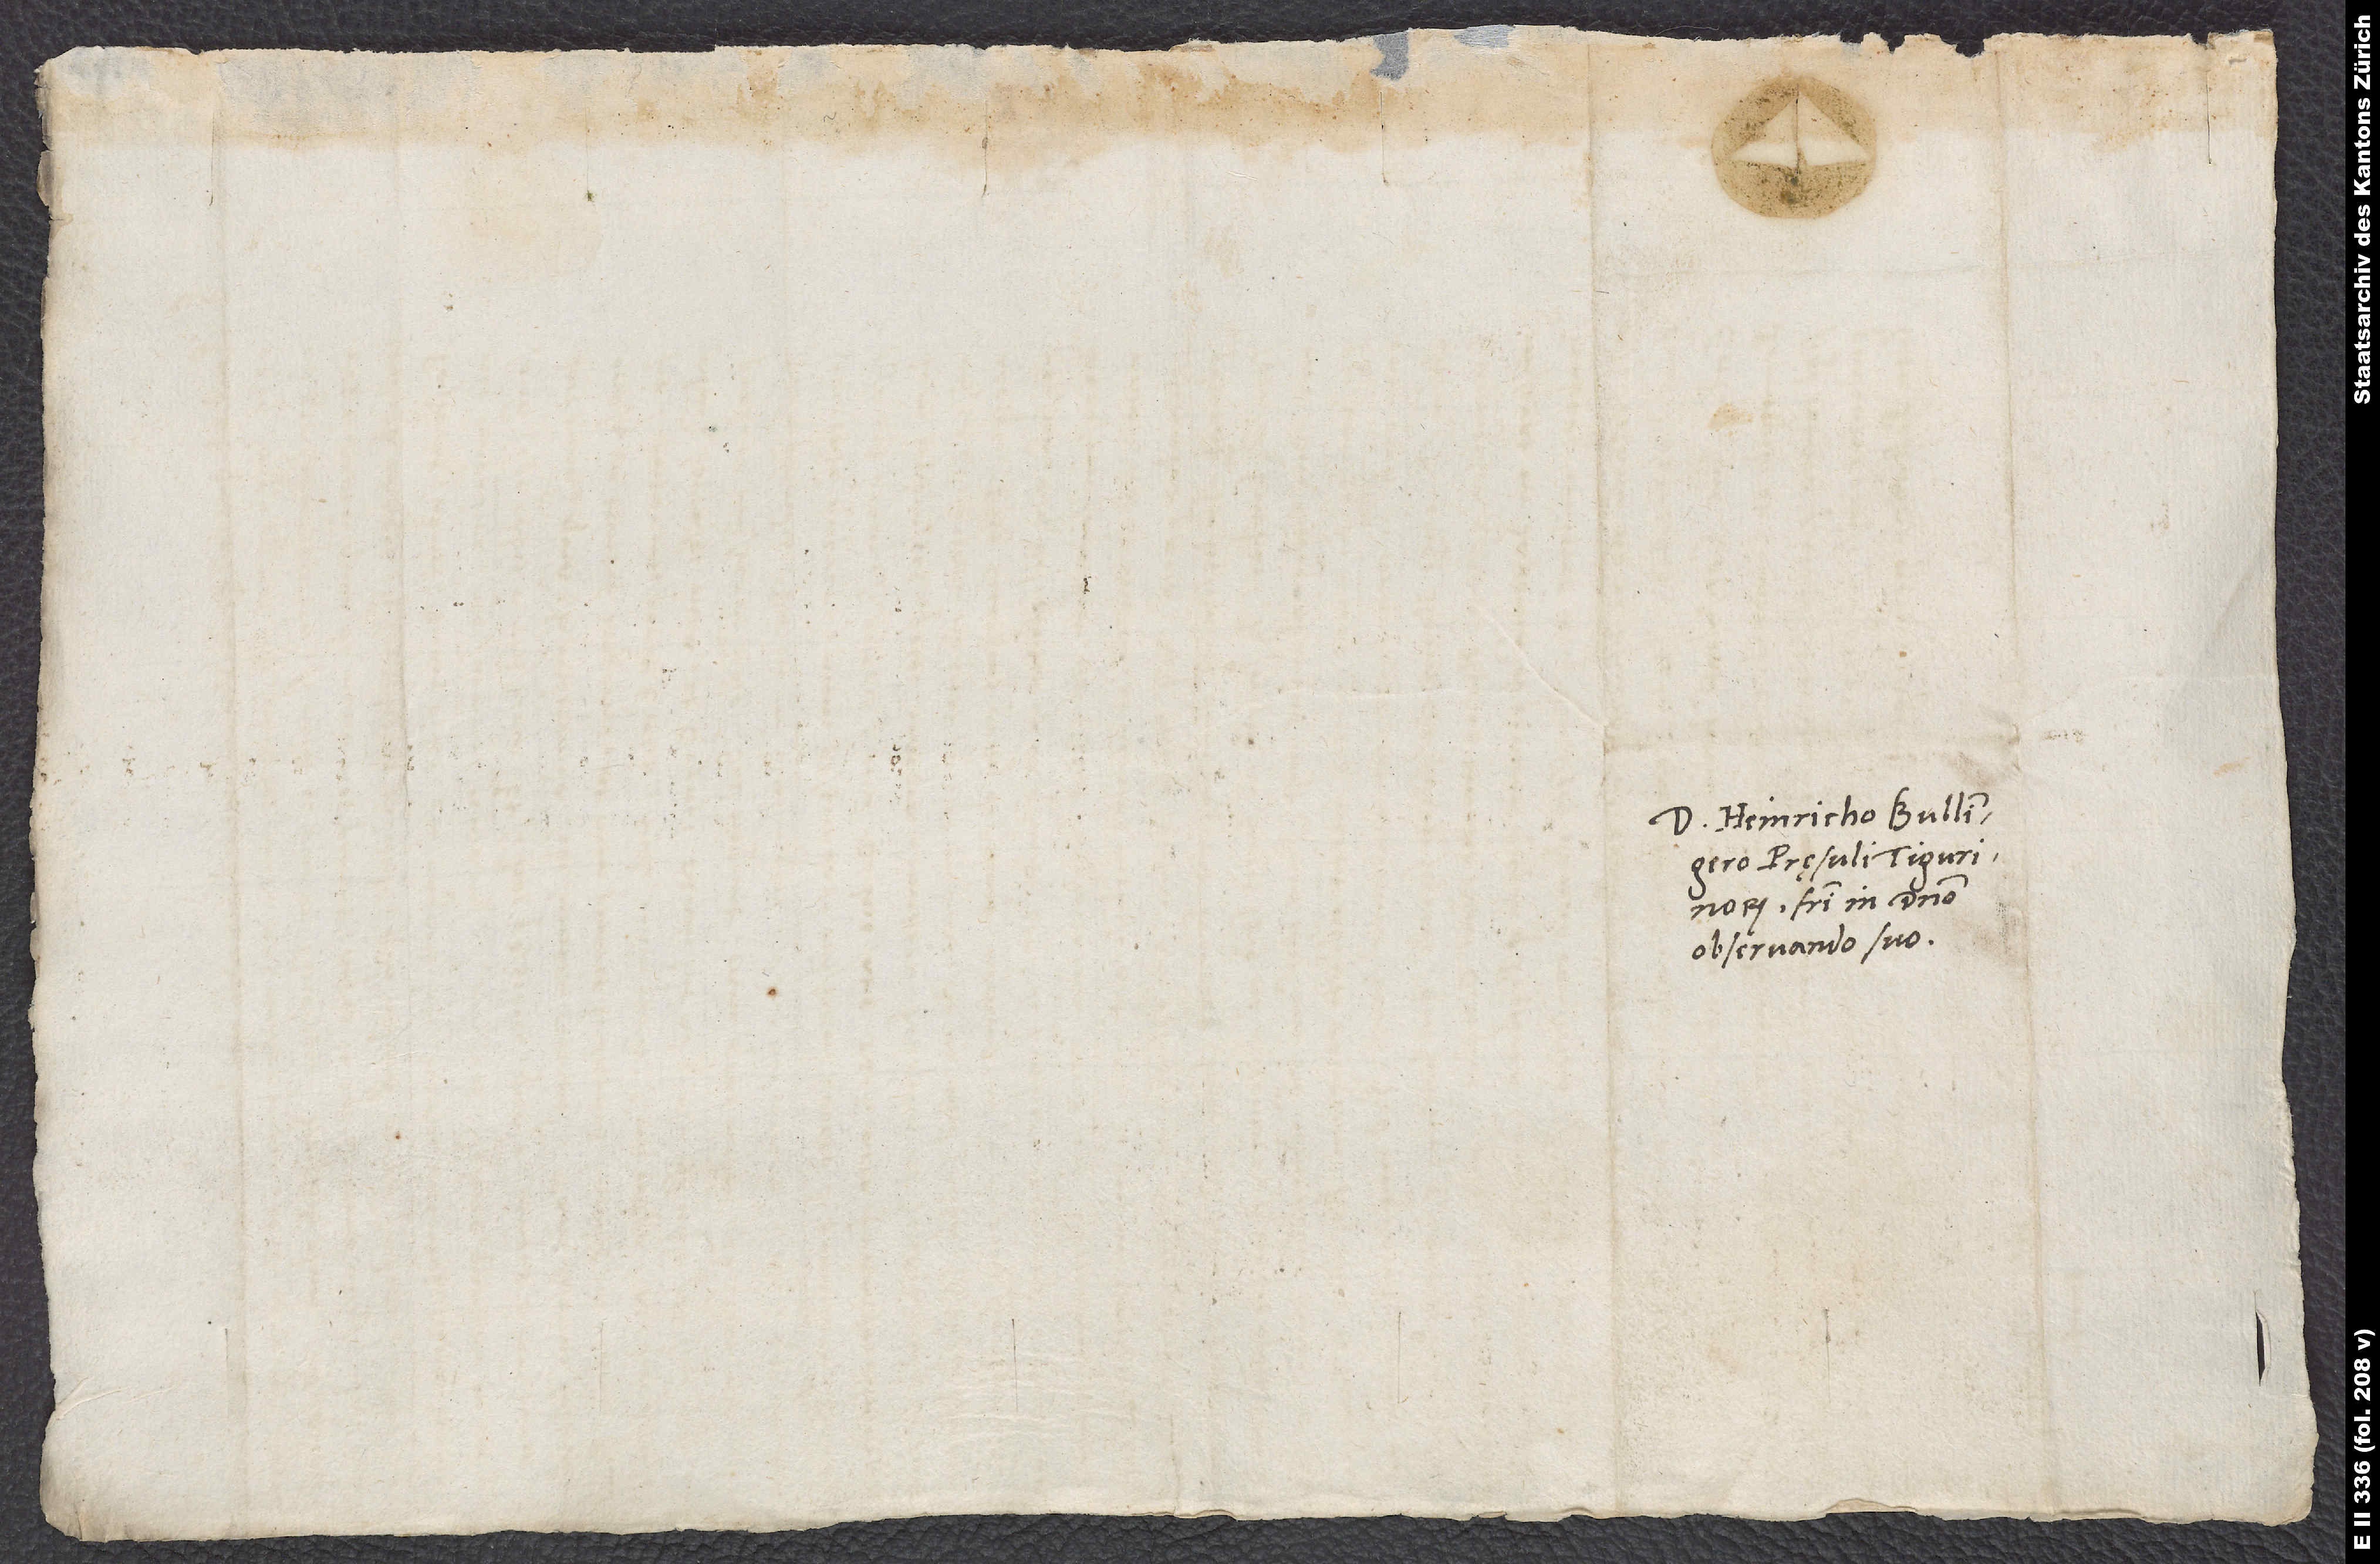
Domino Heinricho Bullingero,
pręsuli Tigurinorum,
fratri in domino
observando suo.